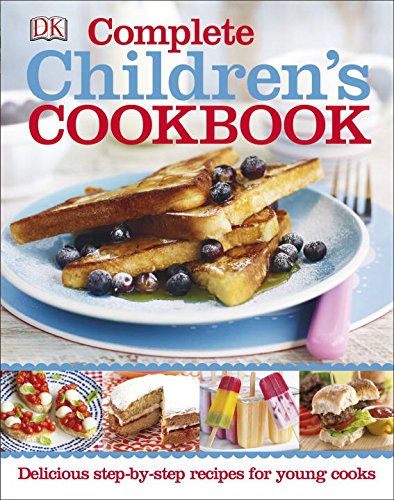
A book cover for Complete Children's Cookbook; DK; Children's Books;